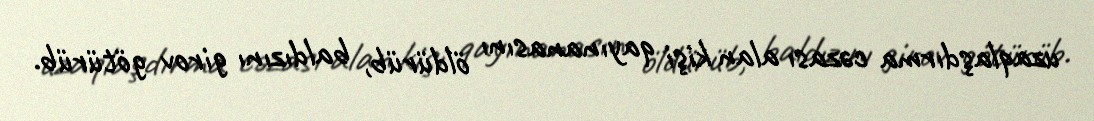
uzaqlaşdırma cəzası alan kişi qayınanasını öldürüb, baldızını girov götürüb.